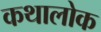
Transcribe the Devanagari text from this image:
कथालोक